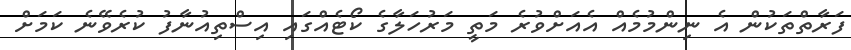
ފަރާތްތަކުން އެ ނިންމުމެއް އެއަށްވުރެ މަތީ މަރުހަލާގެ ކޯޓެއްގައި އިސްތިއުނާފު ކުރެވޭނެ ކަމަށް